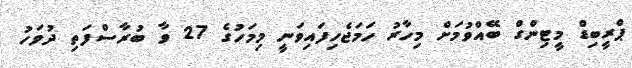
ޕްރީބިޑް މީޓިންގް ބޭއްވުމަށް މިހާރު ހަމަޖެހިފައިވަނީ މިމަހުގެ 27 ވާ ބުރާސްފަތި ދުވަހު